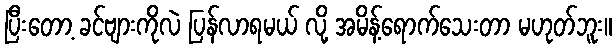
ပြီးတော့ ခင်ဗျားကိုလဲ ပြန်လာရမယ် လို့ အမိန့်ရောက်သေးတာ မဟုတ်ဘူး။